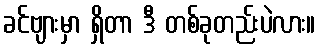
ခင်ဗျားမှာ ရှိတာ ဒီ တစ်ခုတည်းပဲလား။